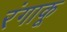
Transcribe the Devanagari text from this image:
रंगाकू